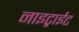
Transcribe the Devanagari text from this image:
नाइट्राईट